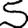
Digit: 5